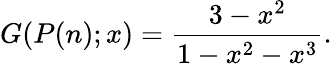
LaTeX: G(P(n);x)={\frac{3-x^{2}}{1-x^{2}-x^{3}}}.